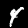
Digit: 4